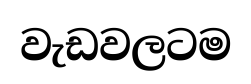
වැඩවලටම